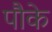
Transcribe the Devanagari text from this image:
पौके